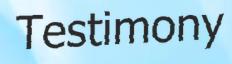
Testimony